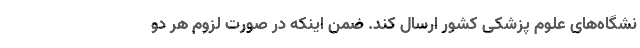
نشگاه‌های علوم پزشکی کشور ارسال کند. ضمن اینکه در صورت لزوم هر دو